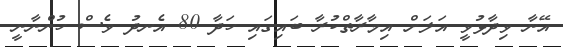
އޭނާ ވިދާޅުވީ އަލަށް އިމާރާތްކުރާ ބައިގައި ހަދާ 80 އެނދު ވެސް ހުންނާނީ